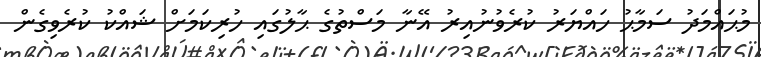
މުޙައްމަދު ސަމާޙު ހައްޔަރު ކުރެވުނުއިރު އޭނާ މަސްތުގެ ޙާލުގައި ހުރިކަމަށް ޝައްކު ކުރެވިގެން